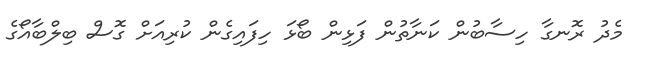
މެދު ރޮނގާ ހިސާބުން ކަނާތުން ފަޅިން ބޯޅަ ހިފައިގެން ކުރިއަށް ގޮސް ބިލްބާއޯގެ